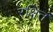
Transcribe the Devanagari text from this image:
रक्षितं